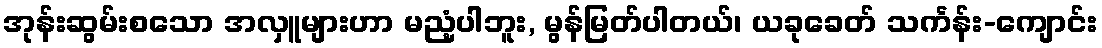
အုန်းဆွမ်းစသော အလှူများဟာ မညံ့ပါဘူး, မွန်မြတ်ပါတယ်၊ ယခုခေတ် သင်္ကန်း-ကျောင်း